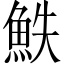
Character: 䱃